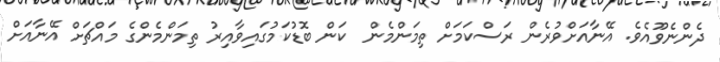
ދެންނެވޫއެވެ. އޭނާއަށްވުރެން ރަސްކަމަށް ތިމަންމެން  ކަން ބޮޑުކަމުގައިވާއިރު ތިމަންމެންގެ މައްޗަށް އޭނާއަށް